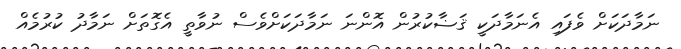
ނަމާދަކަށް ވެފައި އެނަމާދަކީ ޤަޟާކުރުން އޮންނަ ނަމާދަކަށްވެސް ނުވާތީ އެގޮތަށް ނަމާދު ކުރުމެއް